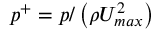
p ^ { + } = p / \left( \rho U _ { m a x } ^ { 2 } \right)